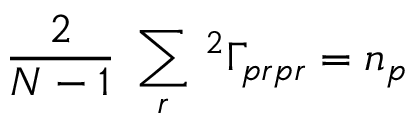
{ \frac { 2 } { N - 1 } \; \sum _ { r } \, { ^ { 2 } \Gamma _ { p r p r } } = n _ { p } }